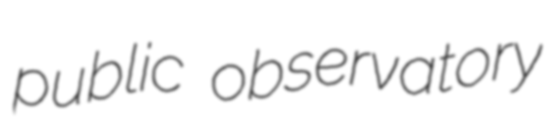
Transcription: public observatory